[Report on the health of British troops in the Madras command]
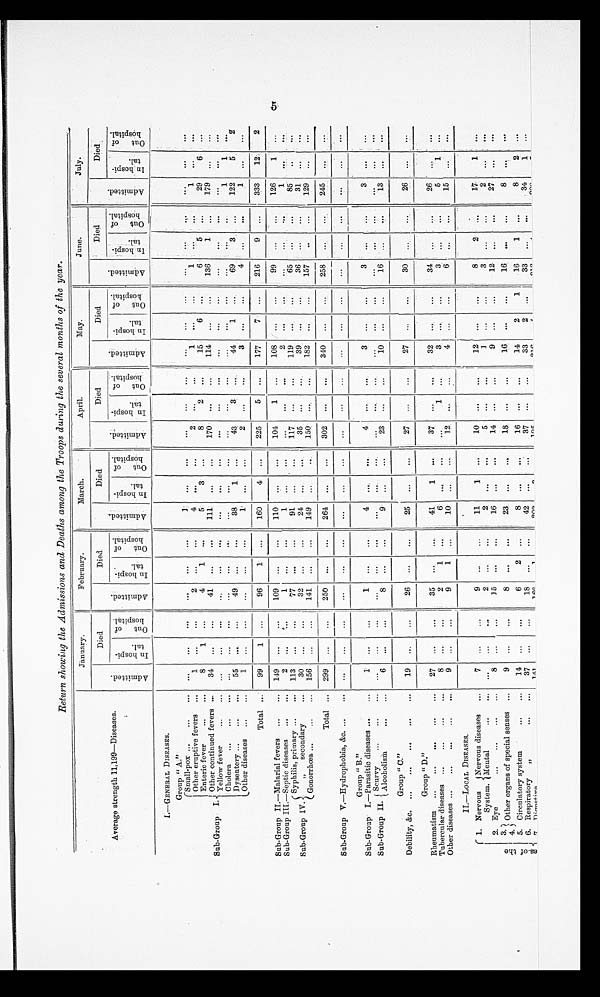
Return showing the Admissions and Deaths among the Troops during the several months of the year.
Average strength 11,199—Diseases.
January.
February.
March.
April.
May.
June.
July.
Died
Died
Died
Died
Died
Died
Died
A d m i t t e d .
I n hos pi t a l .
O u t o f h o s p i t a l .
A d m i t t e d .
I n h o s p i t a l .
Ou t o f h o s p i t a l .
A d m i t t e d .
I n h o s p i t a l .
Ou t o f h o s p i t a l .
A d m i t t e d .
I n h o s p i t a l .
O u t o f o s p i t a l .
A d m i t t e d .
I n h o s p i t a l .
O u t o f h o s p i t a l .
A d m i t t e d .
I n h o s p i t a l .
O u t o f h o s p i t a l .
A d m i t t e d .
I n h o s p i t a l .
O u t o f p i t a l .
I.—ENERAL DISEASES.
Group " A."
Sub-Group I.
Small-pox ...
...
. . .
. . . ...
...
...
...
. . .
1
...
...
. . . ...
...
. . .
. . . ...
...
. . .
. . .
. . .
. . .
. . .
Other eruptive fevers
. . .
1
. . .
...
2
...
...
4
. . .
...
2
...
...
1
...
...
1 ...
. . .
1
...
. . .
Enteric fever
. . .
. . .
8
1
...
4
1
...
5
3
...
8
2
. . .
15
6
...
6 5
. . .
29
6
...
Other continued fevers ...
34
. . .
...
41
...
...
111
...
...
170
...
...
114
...
...
136 1
...
179
. . .
. . .
Y e l l o w f e a v e r
. . .
. . .
. . .
. . .
. . .
. . .
. . .
...
. . .
. . .
...
...
...
. . .
. . .
...
...
... ...
. . .
. . .
...
. . .
Cholera
...
...
...
...
...
. . .
...
...
...
...
...
...
...
. . .
...
...
...
...
...
. . .
1
...
...
Dysentery
... ...
5 5
. . .
49
...
38
1 ...
43
3
. . .
44
1
...
69
3
. . .
122
5
2
Other diseases
...
. . .
1
...
...
...
...
...
1
...
...
2
...
...
3
...
...
4
...
. . .
1
. . . . . .
Total ...
99
1
...
96
1
...
160
4
...
225
5
...
177
7
...
216
. . .
. . .
333
12
2
Sub-Group II.—
M a l a r i a l f e v e r s
...
...
149
...
...
109
...
. . 110
...
...
104
1
...
108
...
...
99
...
...
126
1
. . .
Sub-Group III.—
S e p t i c d i s e a s e s
. . .
. . .
2
...
. . .
1
. . .
...
1
. . .
...
...
...
...
2
...
...
...
. . .
1
...
. . .
Sub-Group IV.
Syphilis, primary ...
...
113
. . .
. . .
77
. ..
...
91
...
...
117
...
...
119
...
...
65
...
85
...
. . .
" s e c o n d a r y
. . .
...
30
...
...
32
...
...
24
...
...
35
...
. . .
39
...
...
36
...
...
31
. . .
. . .
G o n o r r h œ a . . .
. . .
...
156
. . .
. . .
141
. . .
...
149
. . .
...
150
...
...
182
...
. . .
157
. . .
...
129
. . .
. . .
Total
. . . 299
. . .
. . .
250
. . .
...
264
...
...
302
...
...
340
...
...
258
. . .
. . .
245
. . .
. . .
Sub-Group V.—
H y d r o p h o b i a , & c . ...
. . .
. . . ...
. . .
...
...
...
...
...
...
...
. . .
. . .
...
...
. . .
. . . ...
. . .
...
...
. . .
Group " B."
Sub-Group I.—
p a r a s i t i c d i s e a s e s
. . .
...
1
...
...
1
. . .
...
4
. . .
...
4
...
. . .
3
...
. . .
3
...
. . .
3
. . .
. . .
Sub-Group II.
Scurvy
. . .
...
...
...
...
. . .
. . .
. . .
...
...
. . .
...
...
...
. . .
...
. . .
. . .
. . . ...
. . .
. . .
...
. . .
A l c o h o l i s m
...
. . .
6
...
...
8
. . .
...
9
. . .
...
23
. . .
...
10
. . .
. . .
16
...
. . .
13
...
. . .
Group " C."
...
Debility, &c.
...
...
...
...
. . .
19
...
...
26
...
...
25
...
...
27
...
...
27
...
...
30
...
. . .
26
...
. . .
Group " D."
Rheumatism
. . .
. . .
. . .
. . .
. . .
27
. . .
. . .
35
...
...
41
1
...
37
...
. . .
32 ...
. . .
34
...
. . .
26
. . .
. . .
Tubercular diseases
. . .
. . .
. . .
. . .
8
. . .
. . .
2
1
...
6
...
. . .
1
...
3
...
. . .
3
...
...
5
...
. . .
Other diseases ...
...
...
...
...
9
...
...
9
1
...
10
...
...
12
. . .
. . .
4
. . .
...
6
. . .
...
15
. . .
. . .
II.—LOCAL DISEASES.
e s o f t h e
1. Nervous Nervous diseases
. . .
7
...
...
9
. . .
...
11
1
...
10
...
...
12
...
...
8
2
. . .
17
...
. . .
System. I Mental
...
...
...
...
2
. . .
...
2
...
...
5
...
...
1
...
...
. . .
. . .
. . .
2
. . .
. . .
2. Eye
. . .
. . .
. . .
. . .
8
. . .
. . .
15
...
...
16
. . .
...
14
...
. . .
9
...
...
12
. . .
...
27 ...
. . .
3.
4. Other organs of special senses
. . .
9
...
. . .
8
...
...
23
...
...
18
...
...
16
...
...
16
...
...
8
...
. . .
Circulatory system
. . .
. . .
14
. . .
. . .
6
2
...
8
. . .
...
16
...
. . .
14
2
1
16
1
...
8
2
. . .
5.
6. Respiratory
„
. . .
. . .
37
. . .
. . .
18
...
...
42
...
...
37
...
. . .
33
2
. . .
33
. . .
. . .
34 ...
. . .
7 . Digstive.
. . .
1 4 1
. . .
. . .
1 6 6
1
3 0 3
3
1 0 5
2 1 6
...
55